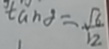
\tan \alpha = \frac { \sqrt { 6 } } { 1 2 }